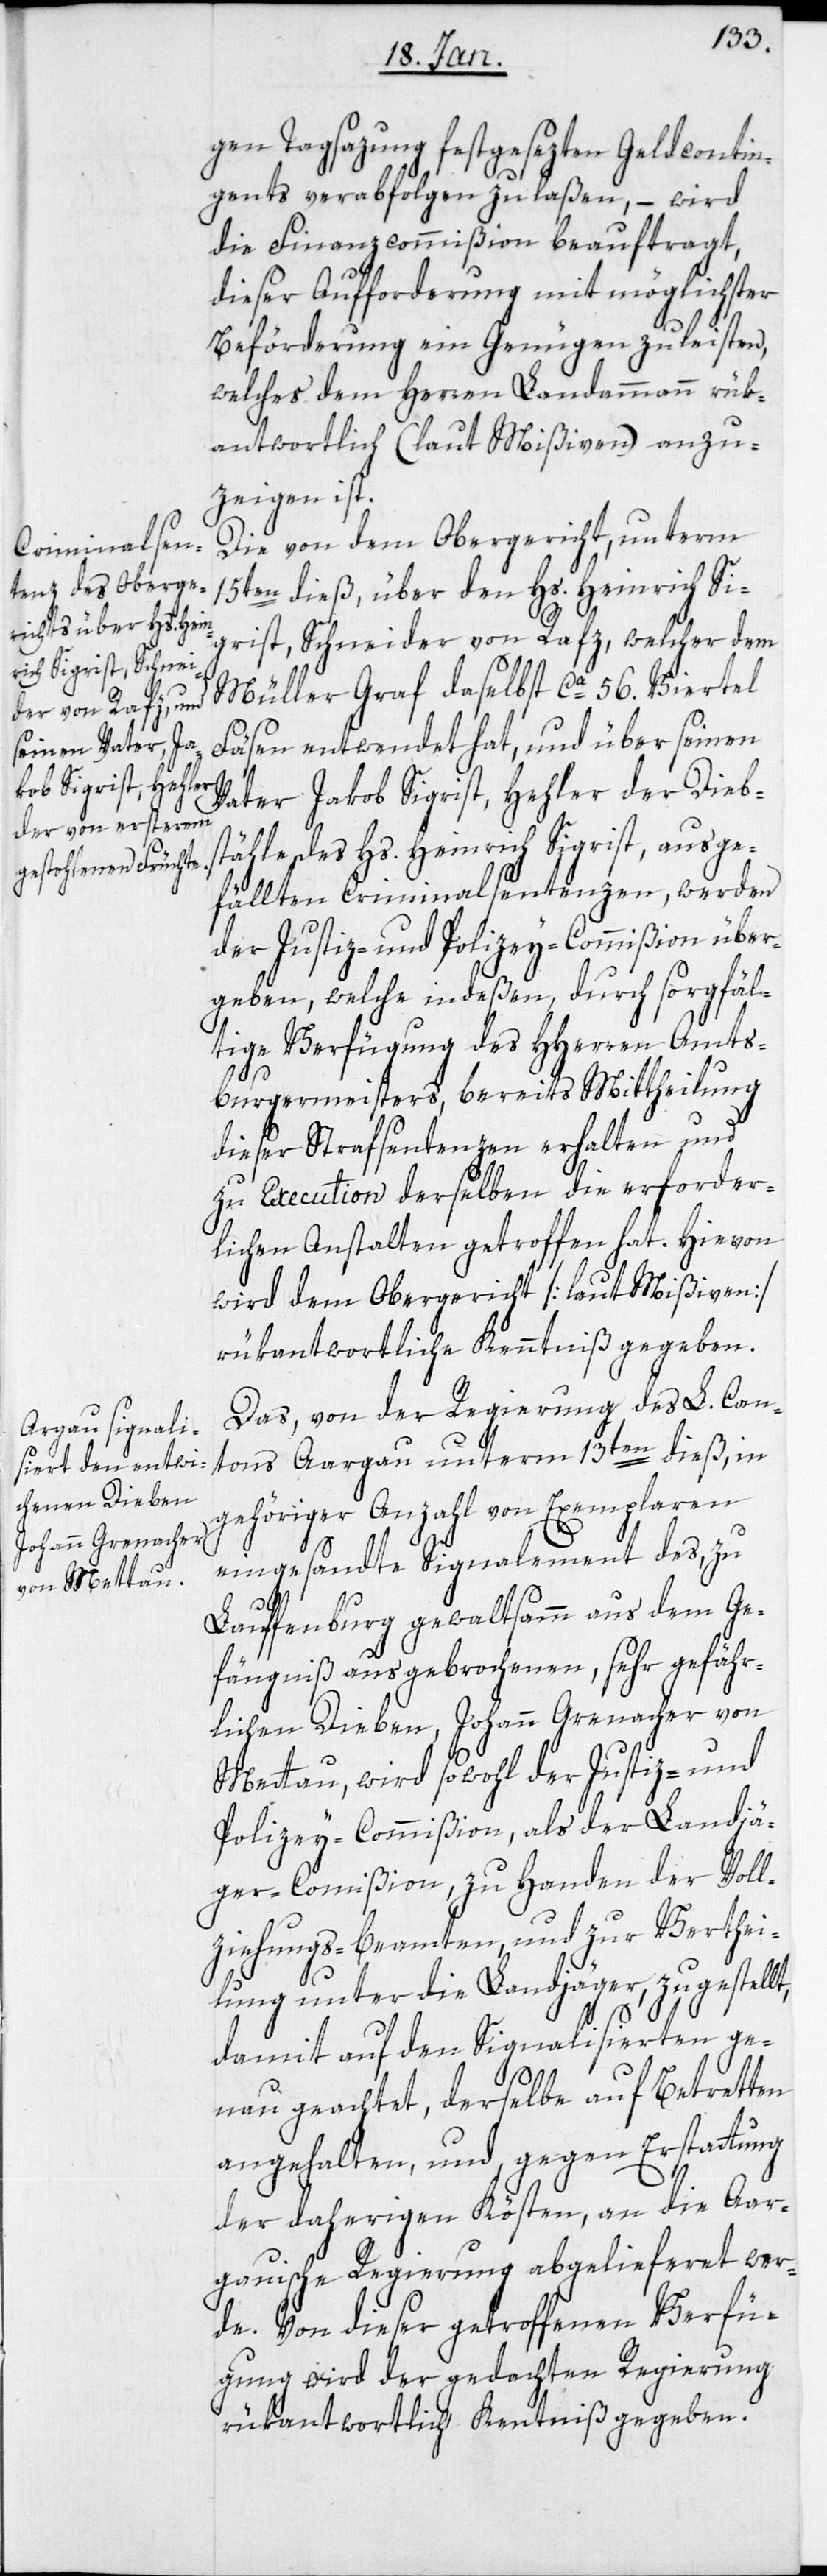
gen Tagsazung festgesezten Geldcontin¬
gents verabfolgen zu laßen, – wird
die Finanzcommißion beauftragt,
dieser Aufforderung mit möglichster
Beförderung ein Genügen zu leisten,
welches dem Herren Landammann rük¬
antwortlich (laut Mißiven) anzu¬
zeigen ist.
Die von dem Obergericht, unterm
15ten dieß, über den Hs. Heinrich Si¬
grist, Schneider von Rafz, welcher dem
Müller Graf desalbst ca. 56. Viertel
Fäsen entwendet hat, und über seinen
rich Sigrist, ausge¬
Vater Jakob Sigrist, Hehler der Dieb¬
fällten Criminalsentenzen, werden
der Justiz- und Polizey-Commißion über¬
geben, welche indeßen, durch sorgfäl¬
tige Verfügung des HHerren Amts¬
burgermeisters, bereits Mittheilung
dieser Strafsentenzen erhalten und
zu Execution derselben die erforder¬
lichen Anstalten getroffen hat. Hievon
wird dem Obergericht [laut Mißiven]
rükantwortliche Kenntniß gegeben.
Das, von der Regierung des L. Can¬
tons Aargau unterm 13ten dieß, in
gehöriger Anzahl von Exemplaren
eingesandte Signalement des, zu
Hein¬
Lauffenburg gewaltsamm aus dem Ge¬
fängniß ausgebrochenen, sehr gefähr¬
lichen Dieben, Johann Grenacher von
Mettau, wird sowohl der Justiz- und
Polizey-Commißion, als der Landjä¬
ger-Commißion, zu Handen der Voll¬
ziehungs-Beamten, und zur Verthei¬
lung unter die Landjäger, zugestellt,
damit auf den Signalisierten ge¬
nau geachtet, derselbe auf Betretten
angehalten, und gegen Erstattung
der daherigen Kösten, an die Aar¬
gauische Regierung abgelieferet wer¬
de. Von dieser getroffenen Verfü¬
gung wird der gedachten Regierung
rükantwortlich Kenntniß gegeben.